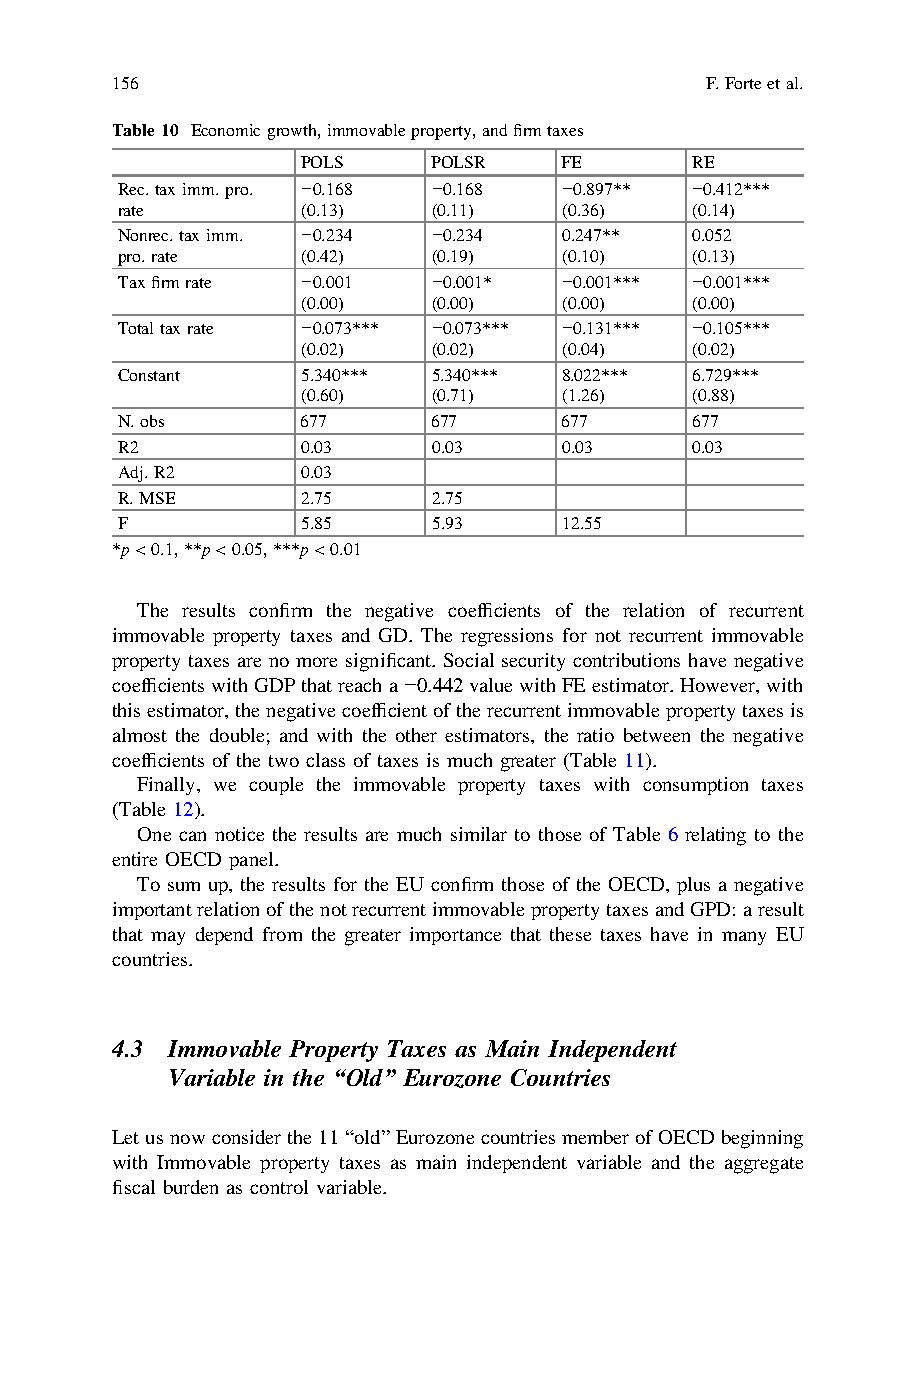
156                                     F.Forteetal.
 Table10 Economicgrowth,immovableproperty,andfirmtaxes
 POLS     POLSR   FE       RE
 Rec.taximm.pro. −0.168 −0.168 −0.897** −0.412***
 rate        (0.13)   (0.11)  (0.36)   (0.14)
 Nonrec.taximm. −0.234 −0.234 0.247**  0.052
 pro.rate    (0.42)   (0.19)  (0.10)   (0.13)
 Taxfirmrate −0.001   −0.001* −0.001*** −0.001***
 (0.00)   (0.00)  (0.00)   (0.00)
 Totaltaxrate −0.073*** −0.073*** −0.131*** −0.105***
 (0.02)   (0.02)  (0.04)   (0.02)
 Constant    5.340*** 5.340*** 8.022*** 6.729***
 (0.60)   (0.71)  (1.26)   (0.88)
 N.obs       677      677     677      677
 R2          0.03     0.03    0.03     0.03
 Adj.R2      0.03
 R.MSE       2.75     2.75
 F           5.85     5.93    12.55
 *p<0.1,**p<0.05,***p<0.01
 The results confirm the negative coefficients of the relation of recurrent
 immovable property taxes and GD. The regressions for not recurrent immovable
 property taxes are no more significant. Social security contributions have negative
 coefficientswithGDPthatreacha−0.442valuewithFEestimator.However,with
 thisestimator,thenegativecoefficientoftherecurrentimmovablepropertytaxesis
 almost the double; and with the other estimators, the ratio between the negative
 coefficients of the two class of taxes is much greater (Table 11).
 Finally, we couple the immovable property taxes with consumption taxes
 (Table 12).
 One can notice the results are much similar to those of Table 6 relating to the
 entire OECD panel.
 To sum up, the results for the EU confirm those of the OECD, plus a negative
 importantrelationofthenotrecurrentimmovablepropertytaxesandGPD:aresult
 that may depend from the greater importance that these taxes have in many EU
 countries.
 4.3 Immovable Property Taxes as Main Independent
 Variable in the “Old” Eurozone Countries
 Letusnowconsiderthe11“old”EurozonecountriesmemberofOECDbeginning
 with Immovable property taxes as main independent variable and the aggregate
 fiscal burden as control variable.